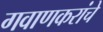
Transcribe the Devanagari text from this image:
गवाणकरांचे